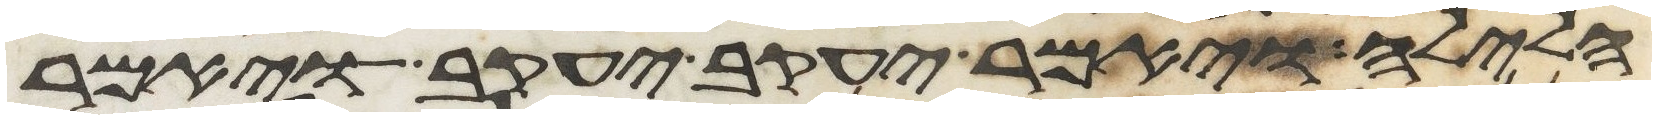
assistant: הלילה ויאמר יעקב יעקב ויאמר